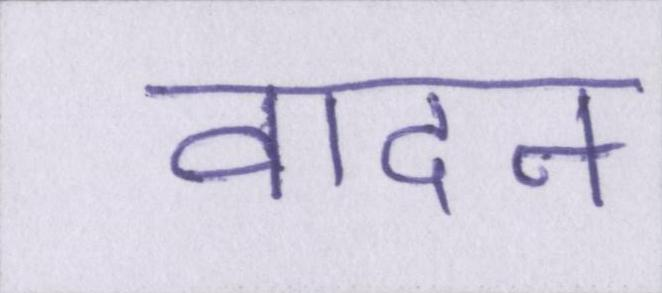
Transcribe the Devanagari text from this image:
वादन